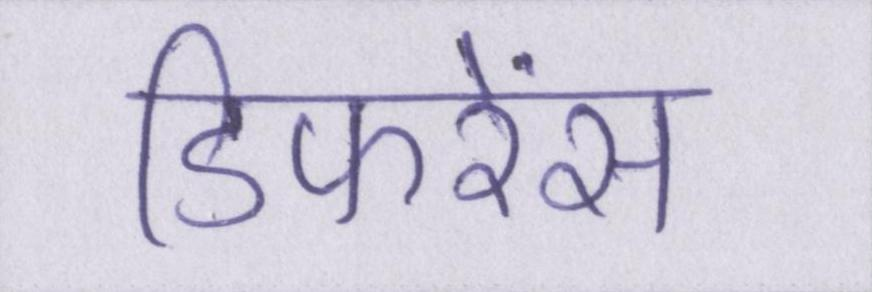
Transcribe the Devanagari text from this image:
डिफरेंस